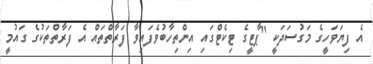
އެ ފިޔަވަހީގެ މަގުސަދަކީ "ޕާޓީގެ ޓިކެޓްގައި އިންތިހާބުވެފައިވާ ފަރާތްތައް އެ ފަރާތްތަކުގެ ގައުމީ